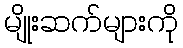
မျိုးဆက်များကို